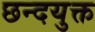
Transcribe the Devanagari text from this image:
छन्दयुक्त